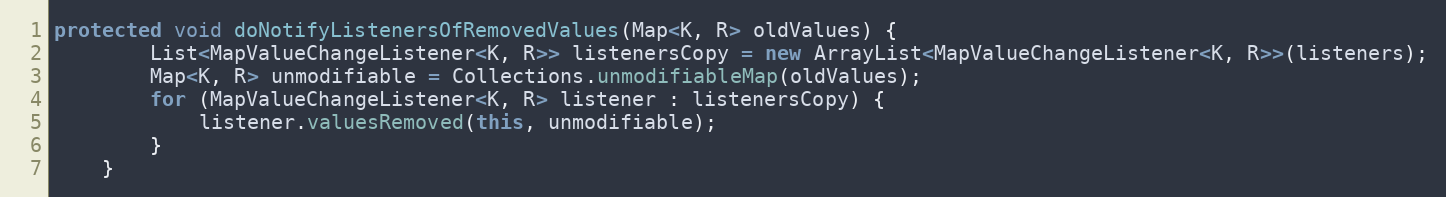
Language: Java
protected void doNotifyListenersOfRemovedValues(Map<K, R> oldValues) {
        List<MapValueChangeListener<K, R>> listenersCopy = new ArrayList<MapValueChangeListener<K, R>>(listeners);
        Map<K, R> unmodifiable = Collections.unmodifiableMap(oldValues);
        for (MapValueChangeListener<K, R> listener : listenersCopy) {
            listener.valuesRemoved(this, unmodifiable);
        }
    }